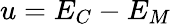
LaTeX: u=E_{C}-E_{M}